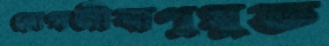
রোগজীবাণুমুক্ত